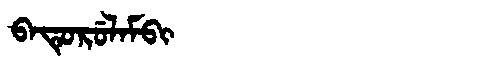
Manchu: ᠪᠠᡨᡠᡵᡠᠯᠠᠮᠪᡳ
Romanization: BATURULAMBI